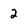
Character: 2